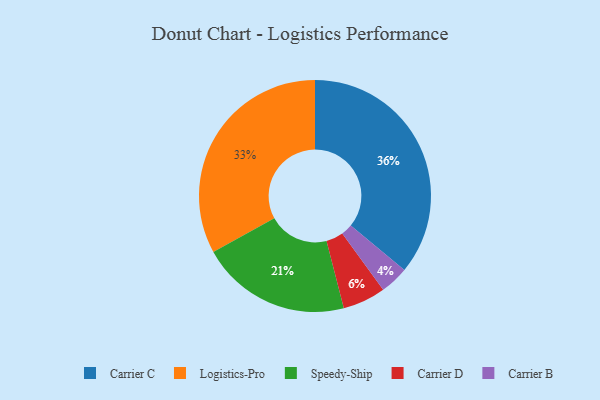
{"axis": {"x": "Category", "y": "Percentage"}, "legend": ["Carrier B", "Carrier C", "Carrier D", "Logistics-Pro", "Speedy-Ship"], "data": [{"x": "Carrier B", "y": 4, "type": "Carrier B"}, {"x": "Carrier D", "y": 6, "type": "Carrier D"}, {"x": "Logistics-Pro", "y": 33, "type": "Logistics-Pro"}, {"x": "Speedy-Ship", "y": 21, "type": "Speedy-Ship"}, {"x": "Carrier C", "y": 36, "type": "Carrier C"}]}